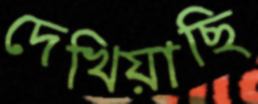
দেখিয়াছি